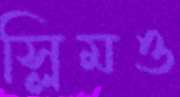
স্লিমও